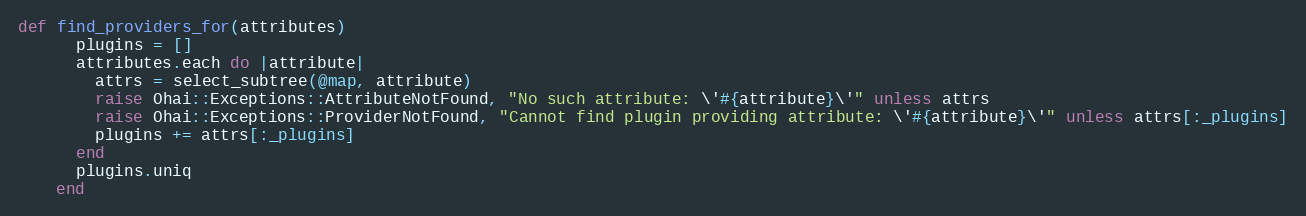
Language: Ruby
def find_providers_for(attributes)
      plugins = []
      attributes.each do |attribute|
        attrs = select_subtree(@map, attribute)
        raise Ohai::Exceptions::AttributeNotFound, "No such attribute: \'#{attribute}\'" unless attrs
        raise Ohai::Exceptions::ProviderNotFound, "Cannot find plugin providing attribute: \'#{attribute}\'" unless attrs[:_plugins]
        plugins += attrs[:_plugins]
      end
      plugins.uniq
    end